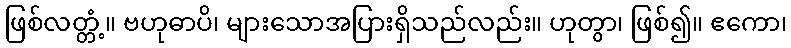
ဖြစ်လတ္တံ့။ ဗဟုဓာပိ၊ များသောအပြားရှိသည်လည်း။ ဟုတွာ၊ ဖြစ်၍။ ဧကော၊